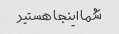
شما اینجا هستید